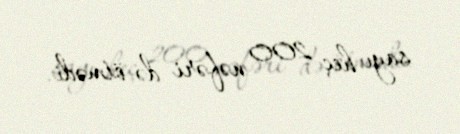
sayı heç 200 nəfəri də ötmədi.